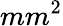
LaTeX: mm^{2}